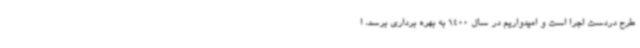
طرح دردست اجرا است و امیدواریم در سال 1400 به بهره برداری برسد، ا